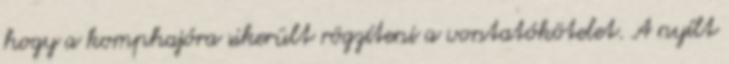
hogy a komphajóra sikerült rögzíteni a vontatókötelet. A nyílt